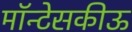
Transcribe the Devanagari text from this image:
मॉन्टेसकीऊ